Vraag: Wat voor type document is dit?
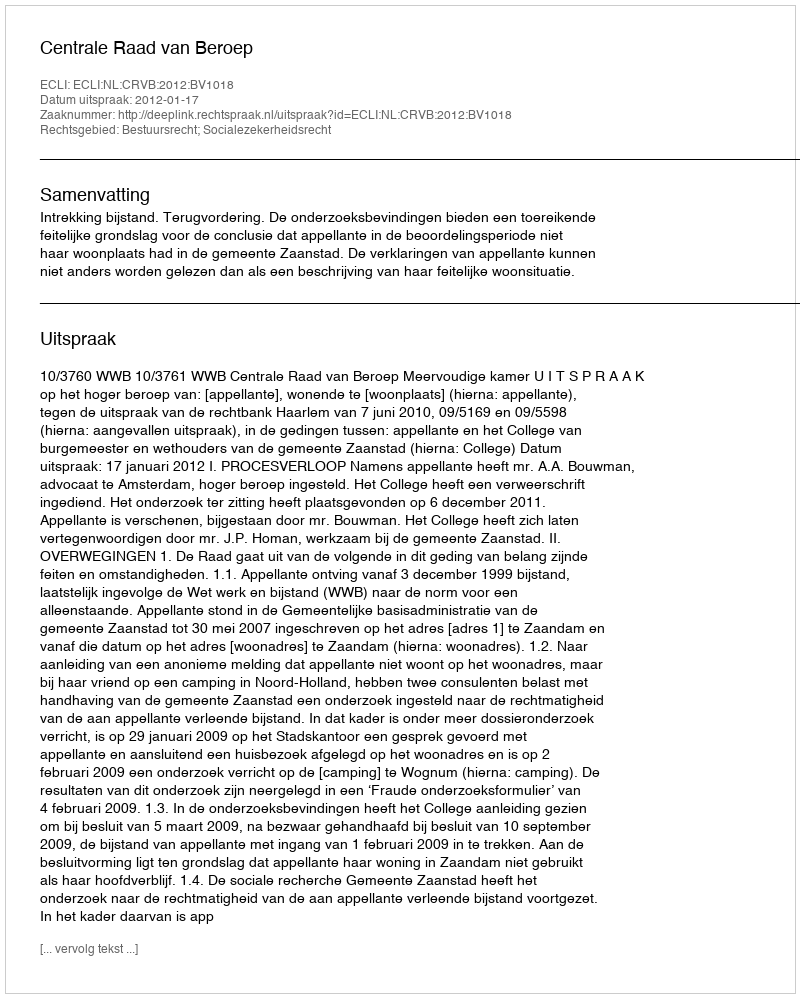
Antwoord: Uitspraak